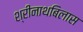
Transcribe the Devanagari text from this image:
श्रीनाथबिलास